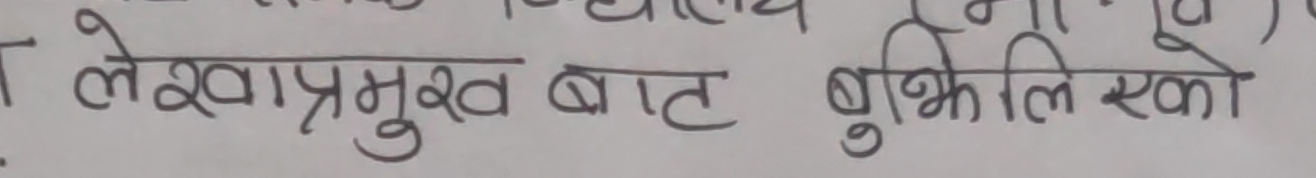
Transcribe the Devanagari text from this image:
लेखाप्रमुख बाट बुझिलिएको